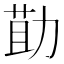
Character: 𭄳